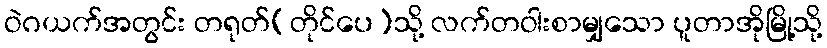
ဝဲဂယက်အတွင်း တရုတ်(တိုင်ပေ)သို့ လက်တဝါးစာမျှသော ပူတာအိုမြို့သို့